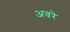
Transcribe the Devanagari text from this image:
अवरे